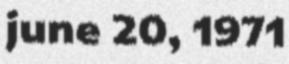
june 20, 1971